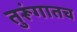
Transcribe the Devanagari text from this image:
तुरूंगातच